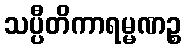
သပ္ပီတိကာရမ္မဏဉ္စ